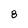
Character: 8